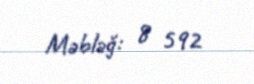
Məbləğ: 8 592